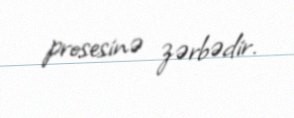
prosesinə zərbədir.